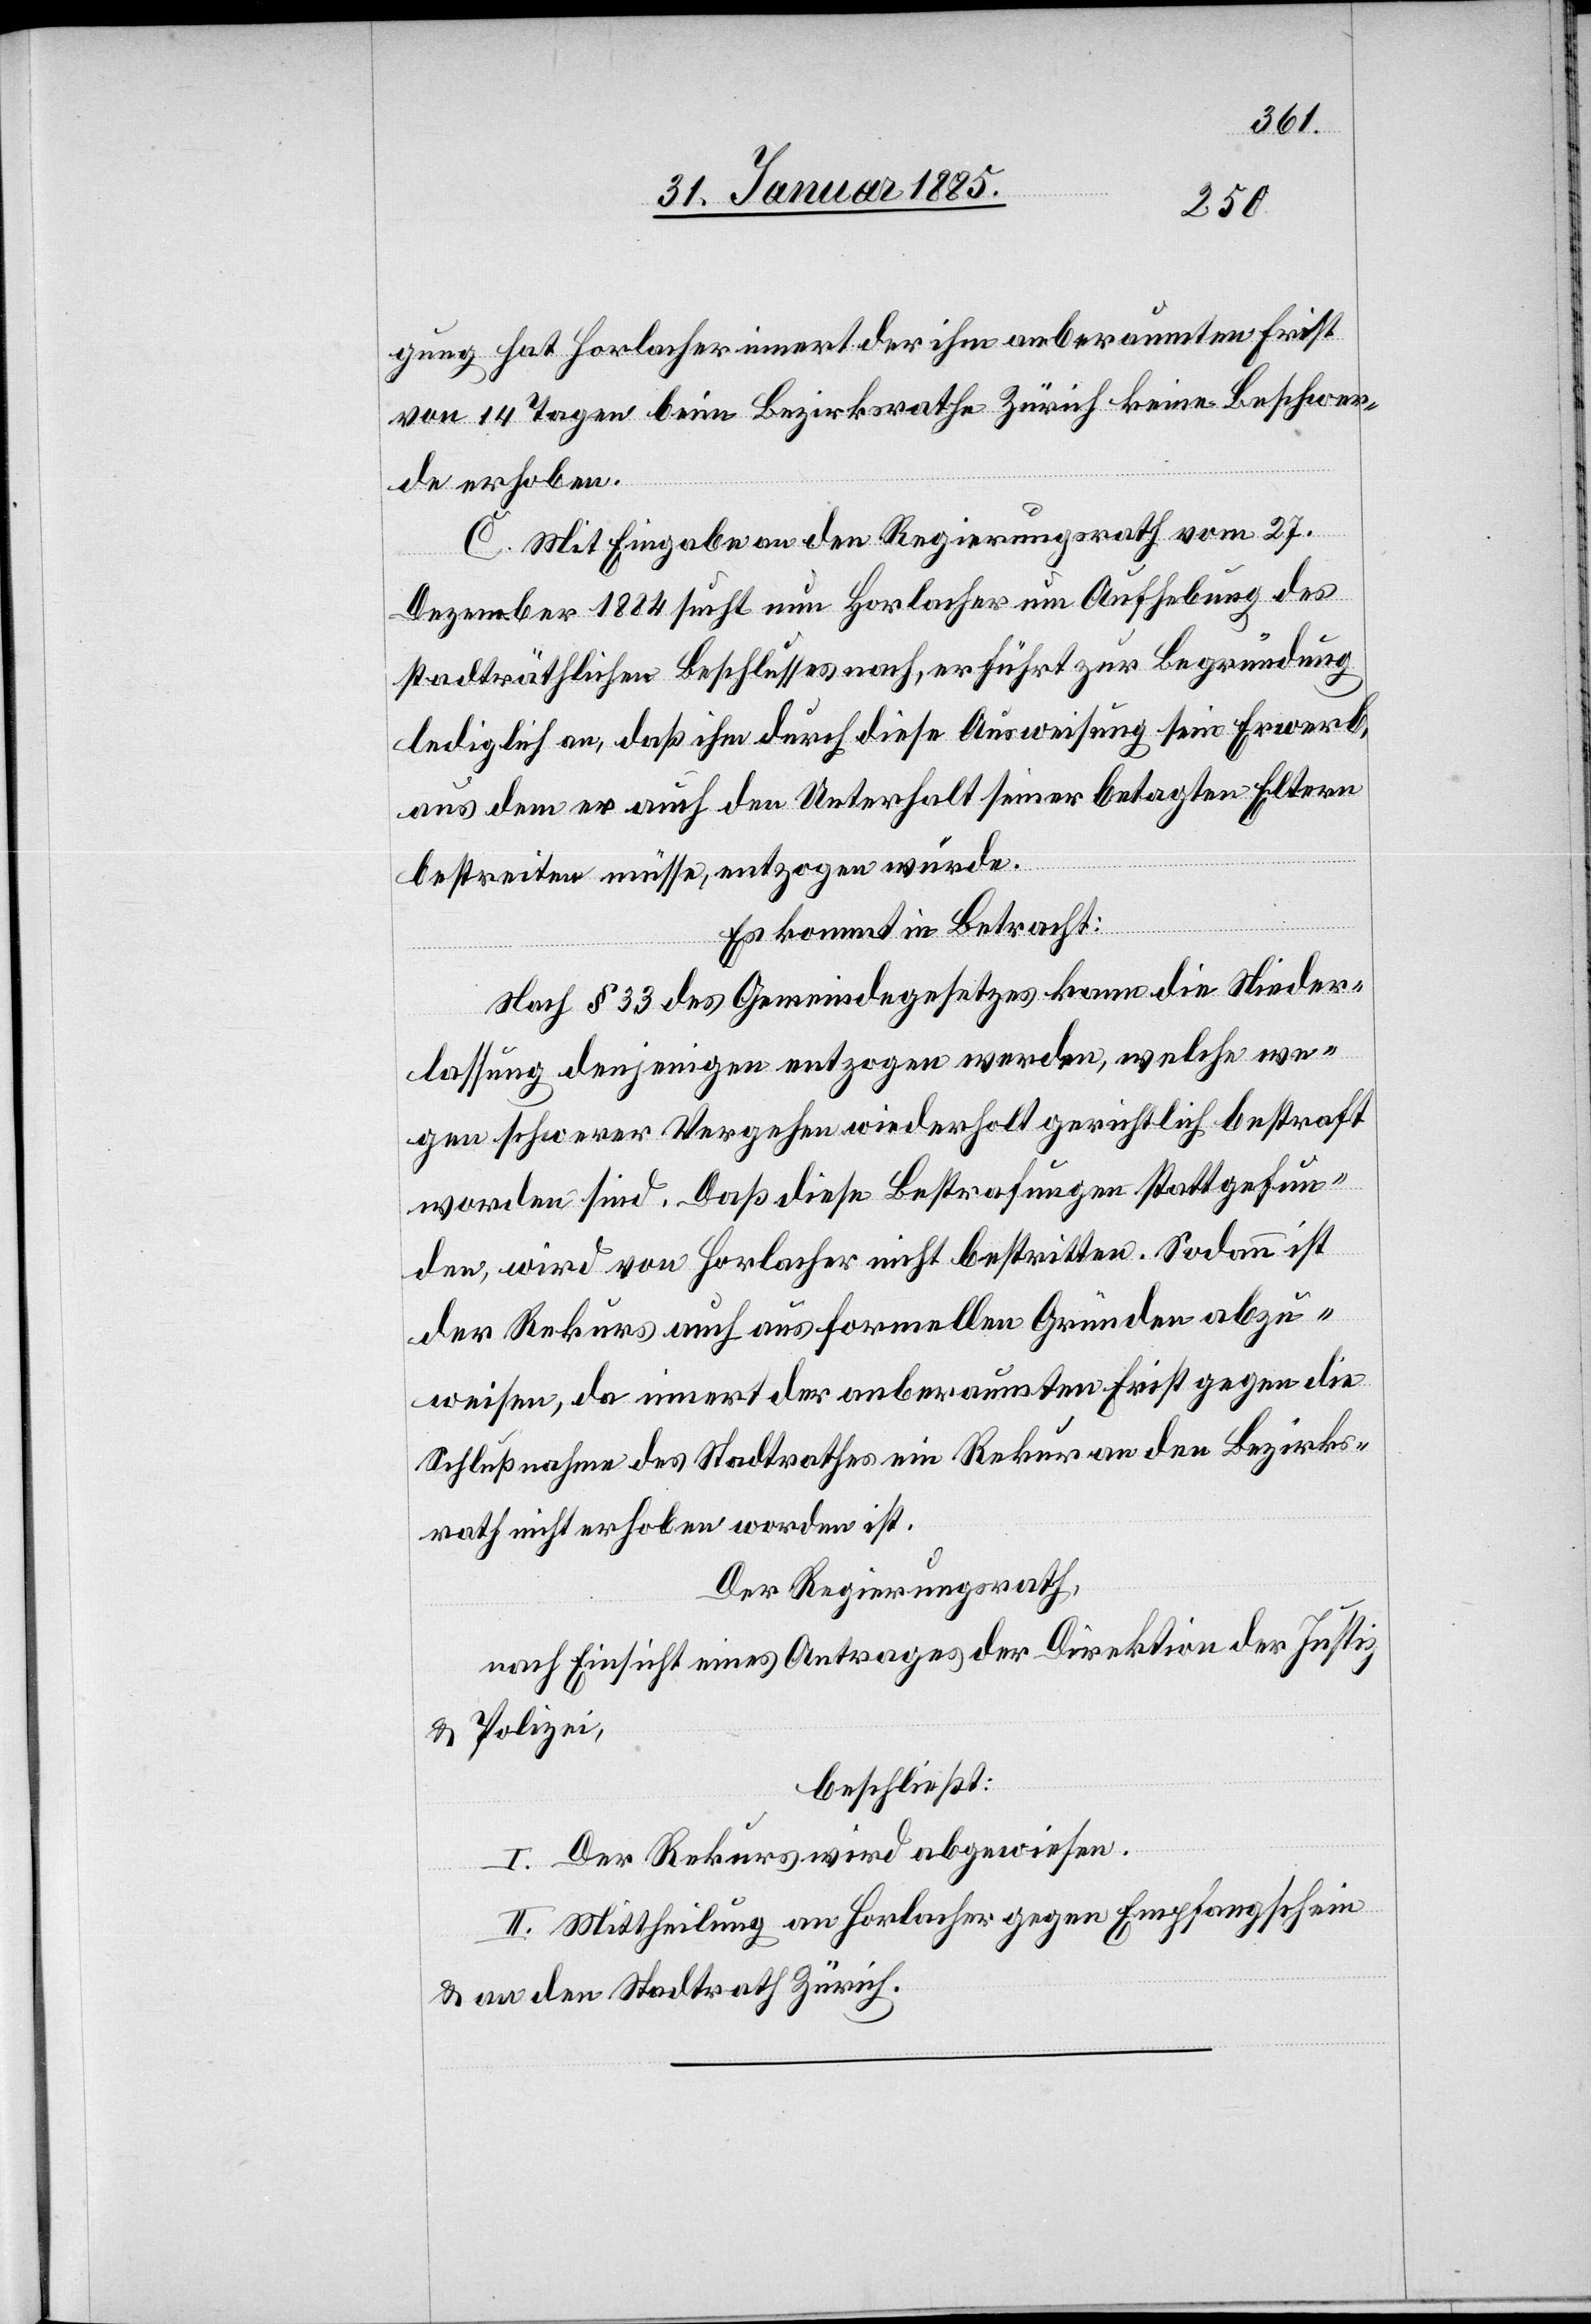
gung hat Horlacher innert der ihm anberäumten Frist
von 14 Tagen beim Bezirksrathe Zürich keine Beschwer¬
de erhoben.
C. Mit Eingabe an den Regierungsrath vom 27.
Dezember 1884 sucht nun Horlacher um Aufhebung des
stadträthlichen Beschlusses nach, er führt zur Begründung
lediglich an, das ihm durch diese Ausweisung sein Erwerb,
aus dem er auch den Unterhalt seiner betagten Eltern
bestreiten müsse, entzogen würde.
Es kommt in Betracht:
Nach § 33 des Gemeindegesetzes kann die Nieder¬
lassung denjenigen entzogen werden, welche we¬
gen schwerer Vergehen wiederholt gerichtlich bestraft
worden sind. Daß diese Bestrafungen stattgefun¬
den, wird von Horlacher nicht bestritten. Sodan ist
der Rekurs auch aus formellen Gründen abzu¬
weisen, da innert der anberaumten Frist gegen die
Schlußnahme des Stadtrathes ein Rekur[s] an den Bezirks¬
rath nicht erhoben worden ist.
Der Regierungsrath,
nach Einsicht eines Antrages der Direktion der Justiz
& Polizei,
beschließt:
I. Der Rekurs wird abgewiesen
II. Mittheilung an Horlacher gegen Empfangschein
& an den Stadtrath Zürich.